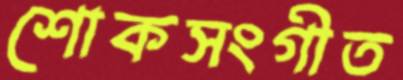
শোকসংগীত